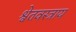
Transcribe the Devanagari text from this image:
श्वेतवस्त्राय